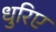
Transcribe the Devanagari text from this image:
धुरिए